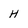
Character: H